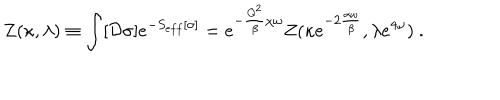
LaTeX: Z ( \kappa , \lambda ) \equiv \int [ { \cal D } \sigma ] e ^ { - S _ { e f f } [ \sigma ] } = e ^ { - { \frac { Q ^ { 2 } } { \beta } } \chi \omega } Z ( \kappa e ^ { - 2 { \frac { \alpha \omega } { \beta } } } , \lambda e ^ { 4 \omega } ) \ .